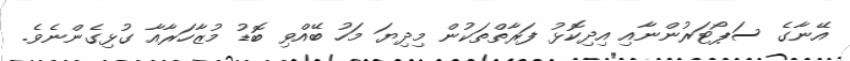
އޭނާގެ ސަޕޯޓަރުންނާއި އިދިކޮޅު ފަރާތްތަކުން މިދިޔަ މަހު ބޭއްވި ބޮޑު މުޒާހަރާއާ ގުޅިގެންނެވެ.